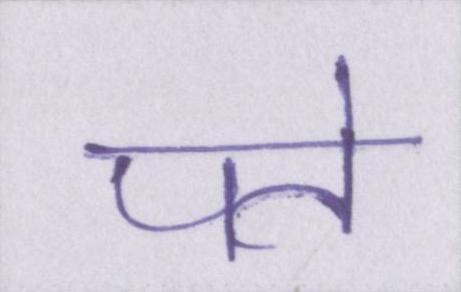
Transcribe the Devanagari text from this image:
पते